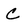
Character: C